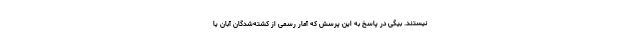
نیستند. بیگی در پاسخ به این پرسش که آمار رسمی از کشته‌شدگان آبان یا